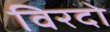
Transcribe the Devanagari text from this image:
विरदो